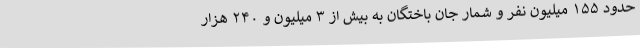
حدود ۱۵۵ میلیون نفر و شمار جان باختگان به بیش از ۳ میلیون و ۲۴۰ هزار